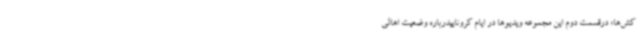
کش‌ها» درقسمت دوم این مجموعه ویدیوها در ایام کروناییدرباره وضعیت اهالی